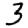
Digit: 3